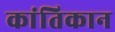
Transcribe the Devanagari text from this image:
कांतिकान